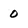
Character: 0